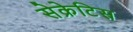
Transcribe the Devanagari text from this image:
सेक्रेटिस